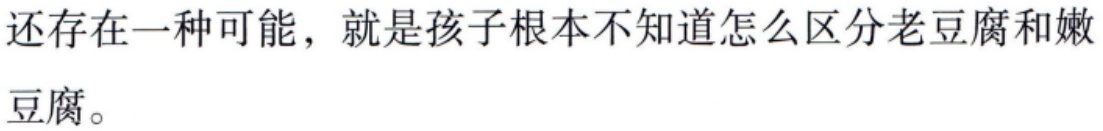
还存在一种可能，就是孩子根本不知道怎么区分老豆腐和嫩豆腐。